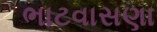
ભાટવાસણા